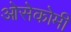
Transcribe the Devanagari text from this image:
ओसेकोमी